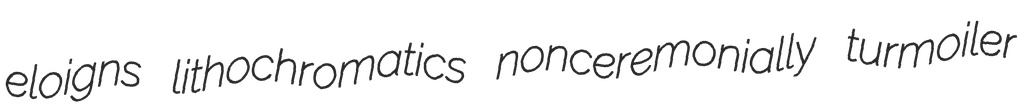
eloigns lithochromatics nonceremonially turmoiler